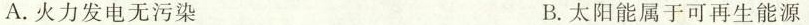
A.火力发电无污染 B.太阳能属于可再生能源